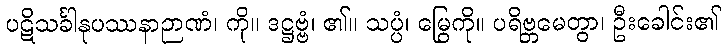
ပဋိသင်္ခါနုပဿနာဉာဏံ၊ ကို။ ဒဋ္ဌဗ္ဗံ၊ ၏။ သပ္ပံ၊ မြွေကို။ ပရိဗ္ဘမေတွာ၊ ဦးခေါင်း၏